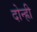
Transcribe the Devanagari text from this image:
दोन्ह्री